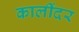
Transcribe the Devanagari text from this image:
कालींदर